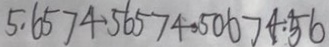
5 . 6 5 > 4 . 5 6 5 > 4 . 5 0 6 > 4 . 5 6